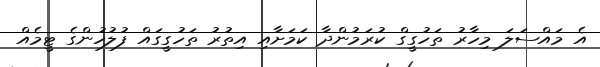
އެ މައްސަލަ މިހާރު ތަހުގީގް ކުރަމުންދާ ކަމަށާއި އިތުރު ތަހުގީގައް ފުލުހުންގެ ޓީމެއް